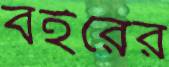
বইরের